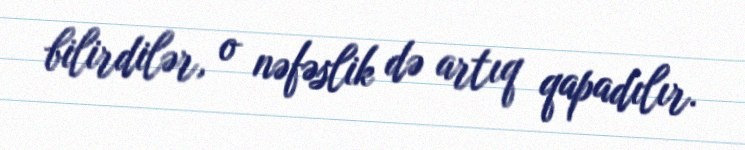
bilirdilər, o nəfəslik də artıq qapadılır.